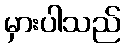
မှားပါသည်